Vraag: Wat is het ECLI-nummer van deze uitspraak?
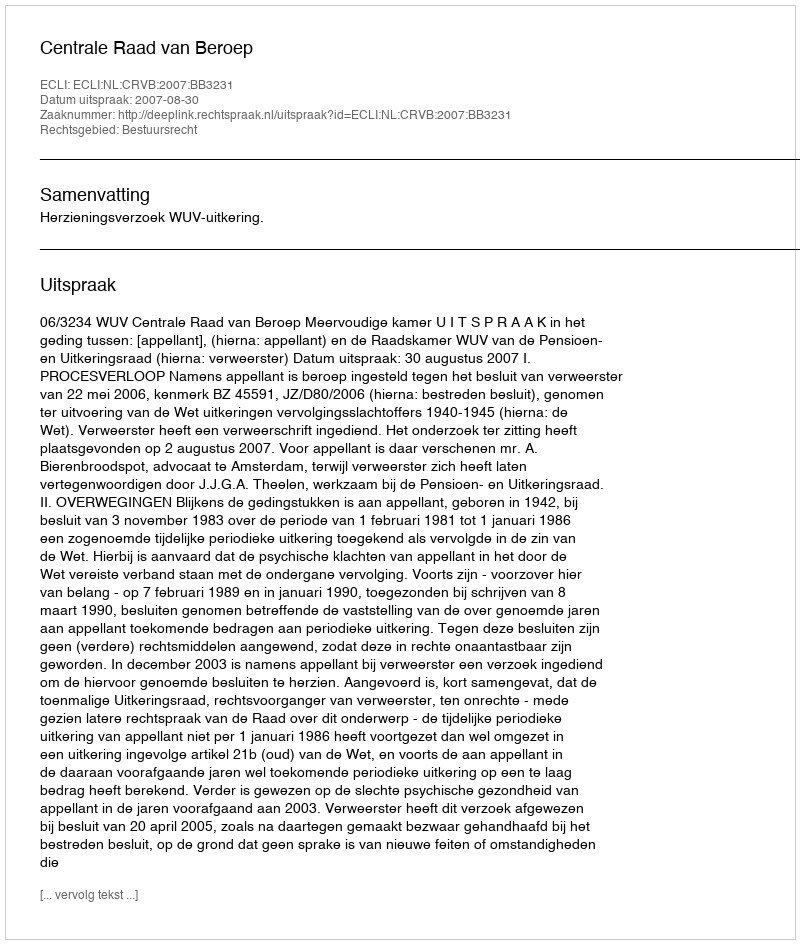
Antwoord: ECLI:NL:CRVB:2007:BB3231